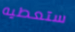
ستعطيه